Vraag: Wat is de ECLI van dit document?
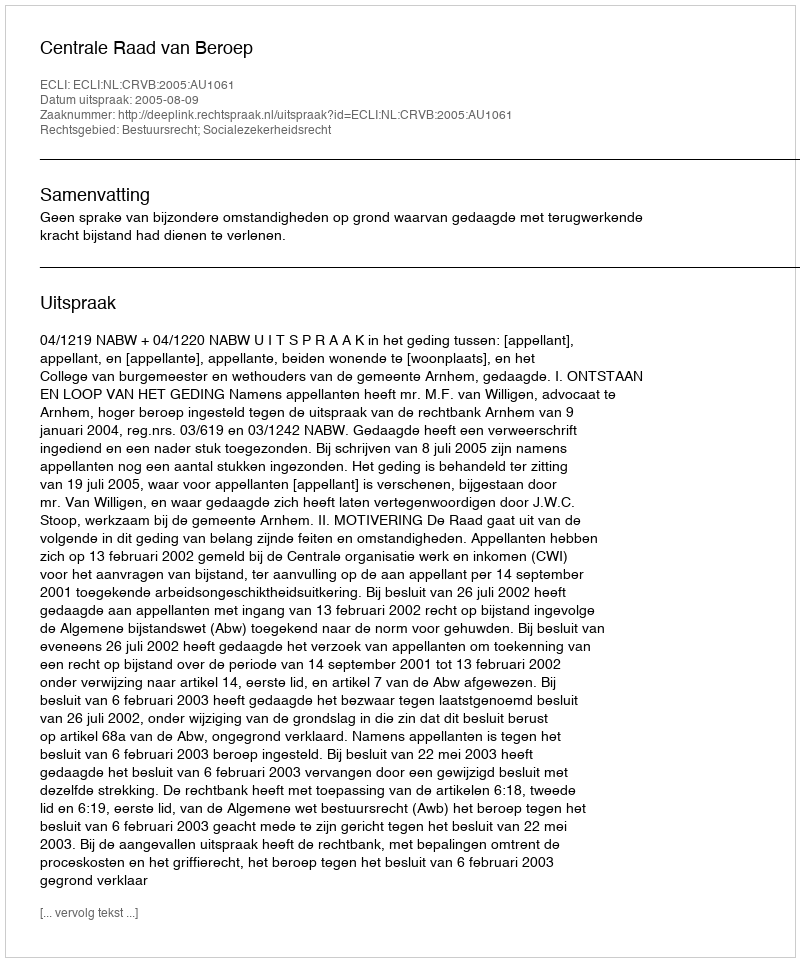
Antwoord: ECLI:NL:CRVB:2005:AU1061